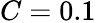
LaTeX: C=0.1